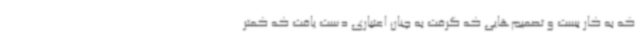
که به کار بست و تصمیم‌هایی که گرفت به چنان اعتباری دست یافت که کمتر